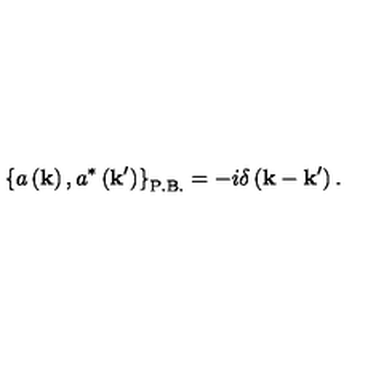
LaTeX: \left\{ a \left( { \bf k } \right) , a ^ { \ast } \left( { \bf k ^ { \prime } } \right) \right\} _ { \mathrm { P . B . } } = - i \delta \left( { \bf k } - { \bf k ^ { \prime } } \right) .